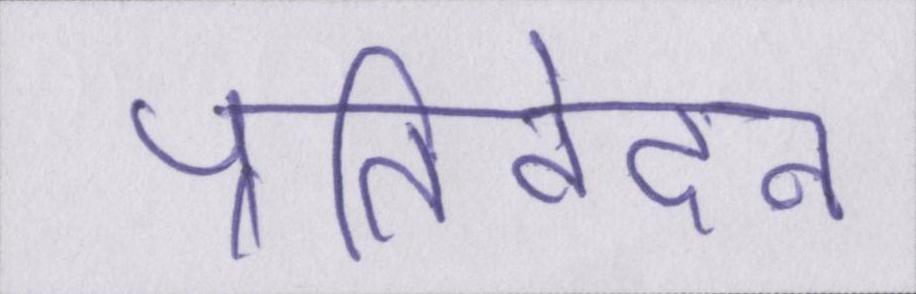
प्रतिवेदन